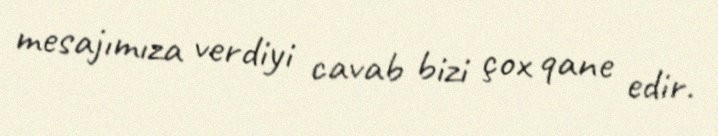
mesajımıza verdiyi cavab bizi çox qane edir.